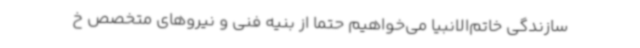
سازندگی خاتم‌الانبیا می‌خواهیم حتما از بنیه فنی و نیروهای متخصص خ